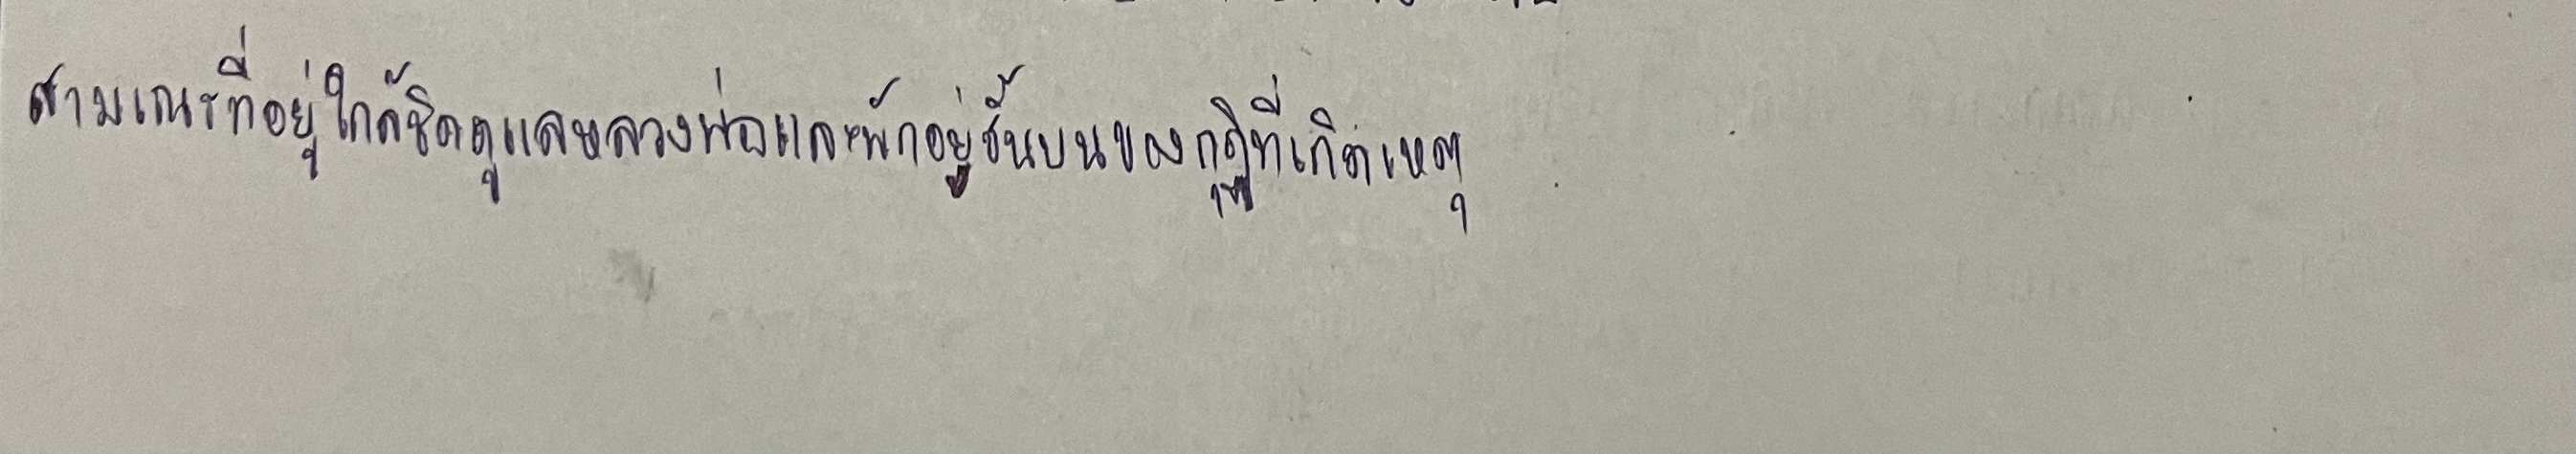
สามเณรที่อยู่ดูแลใกล้ชิดหลวงพ่อและพักอยู่ชั้นบนของกุฏิที่เกิดเหตุ